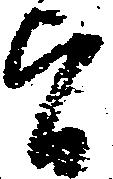
旨